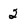
Character: 2